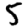
Digit: 5